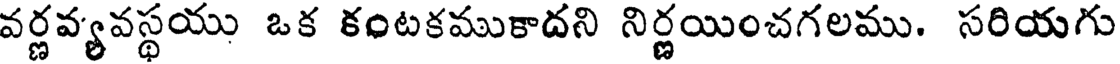
వర్ణవ్యవస్థయు ఒక కంటకముకాదని నిర్ణయించగలము. సరియగు